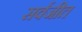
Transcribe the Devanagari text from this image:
सर्वजीत